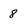
Character: 8